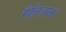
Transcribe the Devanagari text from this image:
गैलिआनो